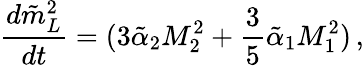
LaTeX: \frac{d\tilde{m}_{L}^{2}}{dt}=(3\tilde{\alpha}_{2}M_{2}^{2}+\frac{3}{5}\tilde{\alpha}_{1}M_{1}^{2})\, ,